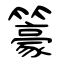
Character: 籇